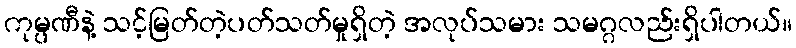
ကုမ္ပဏီနဲ့ သင့်မြတ်တဲ့ပတ်သတ်မှုရှိတဲ့ အလုပ်သမား သမဂ္ဂလည်းရှိပါတယ်။